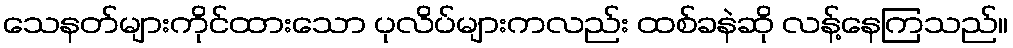
သေနတ်များကိုင်ထားသော ပုလိပ်များကလည်း ထစ်ခနဲဆို လန့်နေကြသည်။